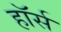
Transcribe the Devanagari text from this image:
हाॅर्स